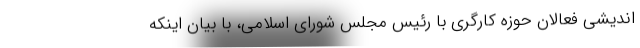
اندیشی فعالان حوزه کارگری با رئیس مجلس شورای اسلامی، با بیان اینکه